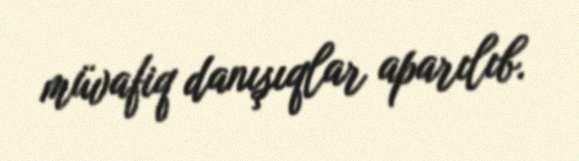
müvafiq danışıqlar aparılıb.